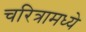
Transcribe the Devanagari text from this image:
चरित्रामध्ये